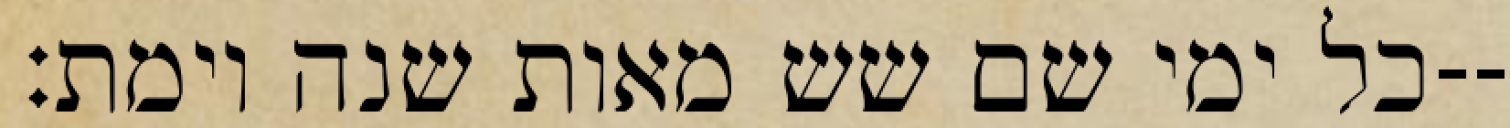
כל ימי שם שש מאות שנה וימת׃--